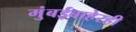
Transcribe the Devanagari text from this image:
मुंबईबाहेरही